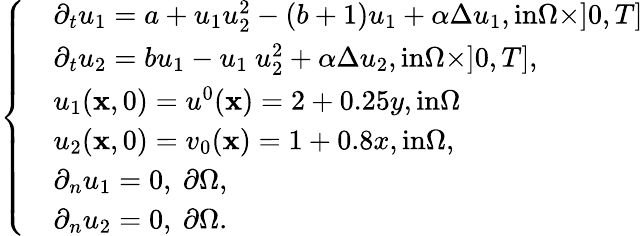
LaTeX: \left\{ \begin{array}{ll}&{\partial_{t}u_{1}=a+u_{1}u_{2}^{2}-(b+1)u_{1}+\alpha\Delta u_{1},\textrm{in}\Omega\times]0,T]}\\ &{\partial_{t}u_{2}=bu_{1}-u_{1}\ u_{2}^{2}+\alpha\Delta u_{2},\textrm{in}\Omega\times]0,T],}\\ &{u_{1}(\textbf{x},0)=u^{0}(\textbf{x})=2+0.25y,\textrm{in}\Omega}\\ &{u_{2}(\textbf{x},0)=v_{0}(\textbf{x})=1+0.8x,\textrm{in}\Omega,}\\ &{\partial_{n}u_{1}=0,\ \partial\Omega,}\\ &{\partial_{n}u_{2}=0,\ \partial\Omega.}\end{array}\right.